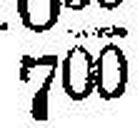
700